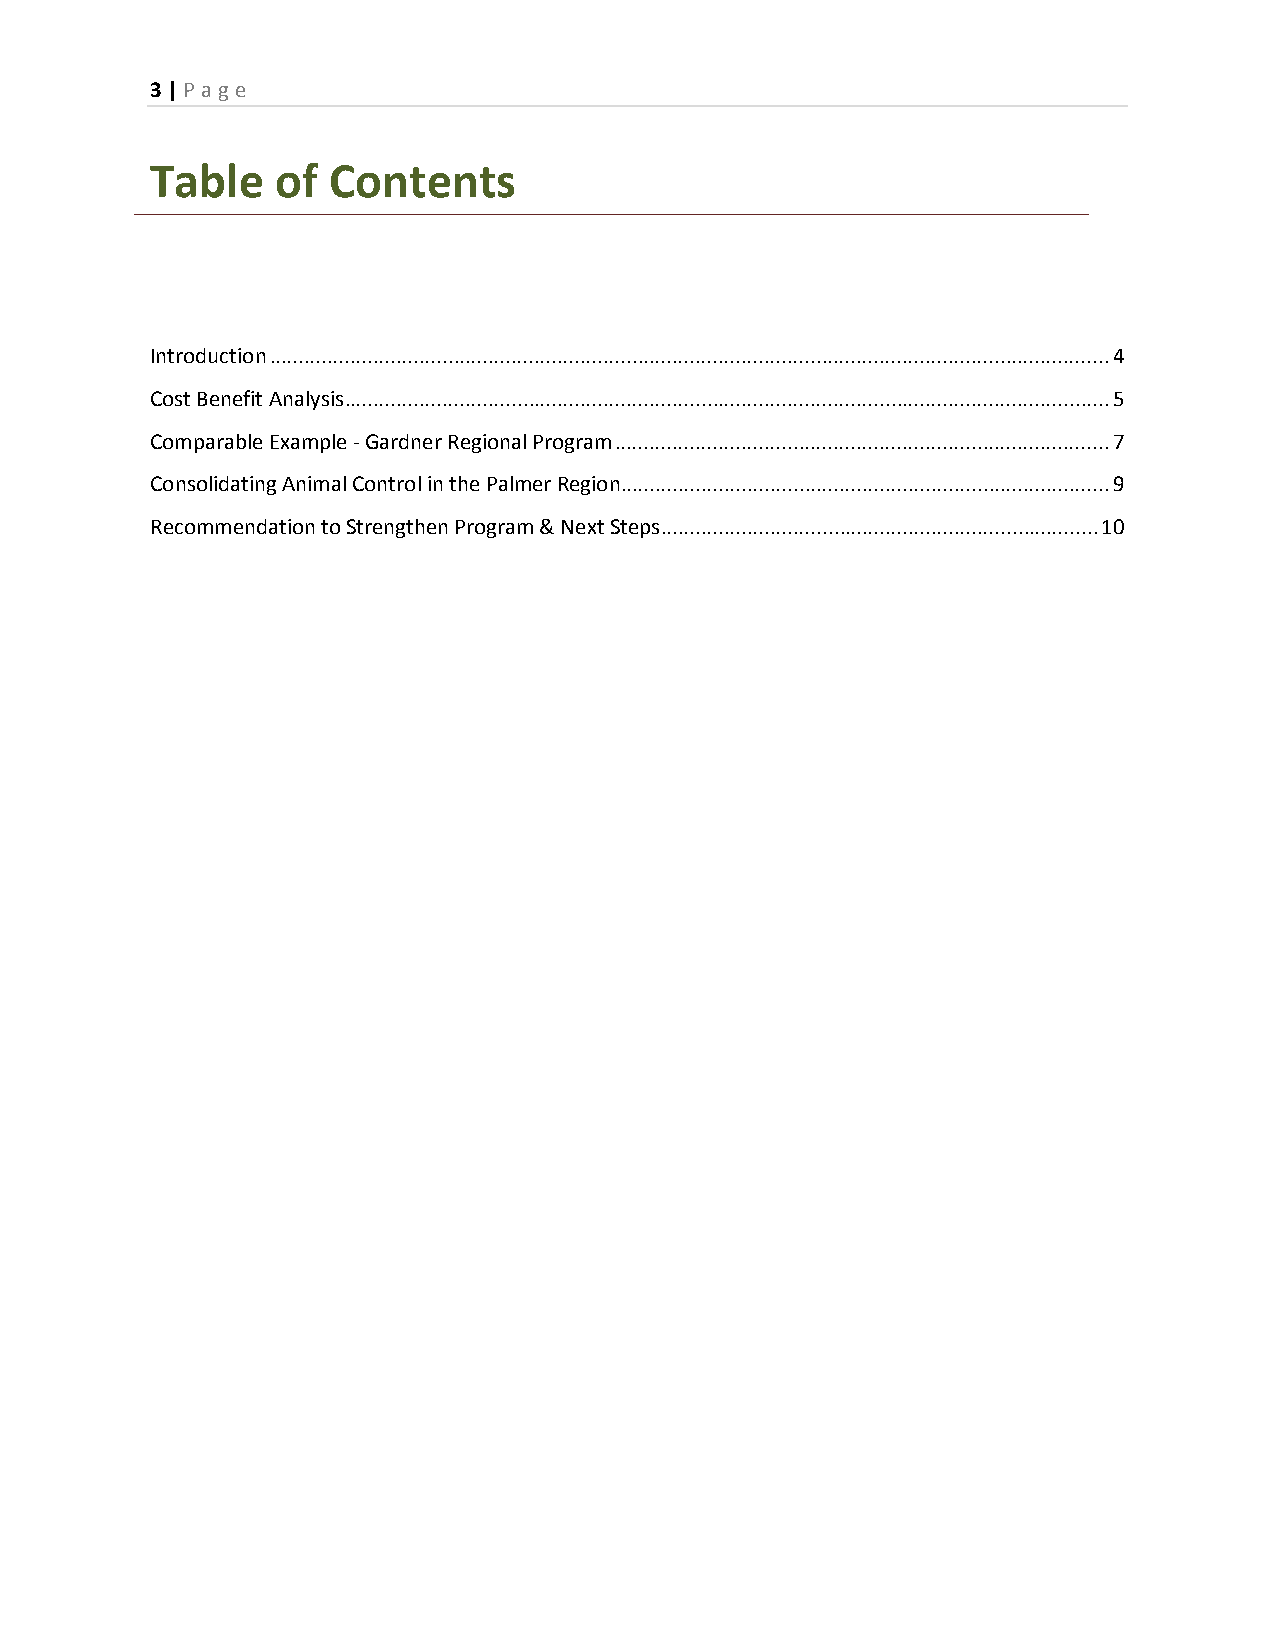
3 | P age
 Table   of  Contents
 Introduction .................................................................................................................................................. 4
 Cost Benefit Analysis ..................................................................................................................................... 5
 Comparable Example - Gardner Regional Program ...................................................................................... 7
 Consolidating Animal Control in the Palmer Region ..................................................................................... 9
 Recommendation to Strengthen Program & Next Steps ............................................................................ 10